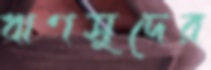
ঋণসুদের